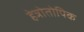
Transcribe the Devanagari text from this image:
हेत्रोतोपिक